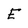
Character: E